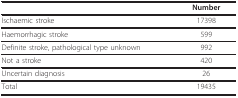
|  | Number |
 | --- | --- |
 | Ischaemic stroke | 17398 |
 | Haemorrhagic stroke | 599 |
 | Definite stroke, pathological type unknown | 992 |
 | Not a stroke | 420 |
 | Uncertain diagnosis | 26 |
 | Total | 19435 |